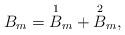
LaTeX: \begin{align*} B_m=\overset{1}{B}_m+\overset{2}{B}_m,\end{align*}